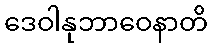
ဒေဝါနုဘာဝေနာတိ